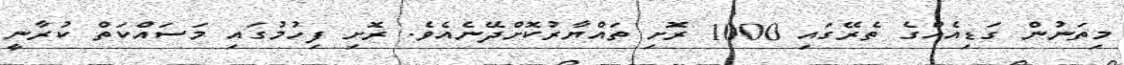
މިތަނުން ގަޑިއެއްގެ ތެރޭގައި 1000 ރޮށި ތައްޔާރުކޮށްދޭނެއެވެ. ރޮށި ފިހުުމުގައި މަސައްކަތް ކުރާނީ